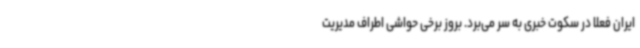
ایران فعلا در سکوت خبری به سر می‌برد. بروز برخی حواشی اطراف مدیریت